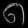
Digit: ၈